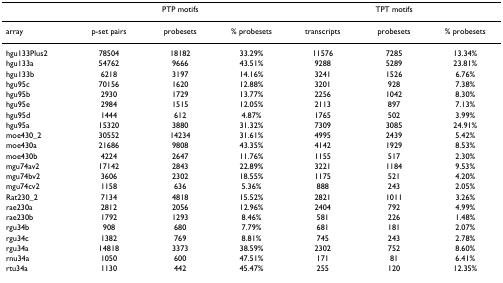
<table><thead><tr><td></td><td colspan="3"><b>PTP motifs</b></td><td colspan="3"><b>TPT motifs</b></td></tr></thead><tbody><tr><td>array</td><td>p-set pairs</td><td>probesets</td><td>% probesets</td><td>transcripts</td><td>probesets</td><td>% probesets</td></tr><tr><td>hgu133Plus2</td><td>78504</td><td>18182</td><td>33.29%</td><td>11576</td><td>7285</td><td>13.34%</td></tr><tr><td>hgu133a</td><td>54762</td><td>9666</td><td>43.51%</td><td>9288</td><td>5289</td><td>23.81%</td></tr><tr><td>hgu133b</td><td>6218</td><td>3197</td><td>14.16%</td><td>3241</td><td>1526</td><td>6.76%</td></tr><tr><td>hgu95c</td><td>70156</td><td>1620</td><td>12.88%</td><td>3201</td><td>928</td><td>7.38%</td></tr><tr><td>hgu95b</td><td>2930</td><td>1729</td><td>13.77%</td><td>2256</td><td>1042</td><td>8.30%</td></tr><tr><td>hgu95e</td><td>2984</td><td>1515</td><td>12.05%</td><td>2113</td><td>897</td><td>7.13%</td></tr><tr><td>hgu95d</td><td>1444</td><td>612</td><td>4.87%</td><td>1765</td><td>502</td><td>3.99%</td></tr><tr><td>hgu95a</td><td>15320</td><td>3880</td><td>31.32%</td><td>7309</td><td>3085</td><td>24.91%</td></tr><tr><td>moe430_2</td><td>30552</td><td>14234</td><td>31.61%</td><td>4995</td><td>2439</td><td>5.42%</td></tr><tr><td>moe430a</td><td>21686</td><td>9808</td><td>43.35%</td><td>4142</td><td>1929</td><td>8.53%</td></tr><tr><td>moe430b</td><td>4224</td><td>2647</td><td>11.76%</td><td>1155</td><td>517</td><td>2.30%</td></tr><tr><td>mgu74av2</td><td>17142</td><td>2843</td><td>22.89%</td><td>3221</td><td>1184</td><td>9.53%</td></tr><tr><td>mgu74bv2</td><td>3606</td><td>2302</td><td>18.55%</td><td>1175</td><td>521</td><td>4.20%</td></tr><tr><td>mgu74cv2</td><td>1158</td><td>636</td><td>5.36%</td><td>888</td><td>243</td><td>2.05%</td></tr><tr><td>Rat230_2</td><td>7134</td><td>4818</td><td>15.52%</td><td>2821</td><td>1011</td><td>3.26%</td></tr><tr><td>rae230a</td><td>2812</td><td>2056</td><td>12.96%</td><td>2404</td><td>792</td><td>4.99%</td></tr><tr><td>rae230b</td><td>1792</td><td>1293</td><td>8.46%</td><td>581</td><td>226</td><td>1.48%</td></tr><tr><td>rgu34b</td><td>908</td><td>680</td><td>7.79%</td><td>681</td><td>181</td><td>2.07%</td></tr><tr><td>rgu34c</td><td>1382</td><td>769</td><td>8.81%</td><td>745</td><td>243</td><td>2.78%</td></tr><tr><td>rgu34a</td><td>14818</td><td>3373</td><td>38.59%</td><td>2302</td><td>752</td><td>8.60%</td></tr><tr><td>rnu34a</td><td>1050</td><td>600</td><td>47.51%</td><td>171</td><td>81</td><td>6.41%</td></tr><tr><td>rtu34a</td><td>1130</td><td>442</td><td>45.47%</td><td>255</td><td>120</td><td>12.35%</td></tr></tbody></table>